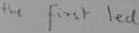
Text: the first led